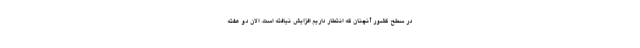
در سطح کشور آنچنان که انتطار داریم افزایش نیافته است. الان دو هفته